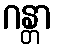
ဂန္တာ